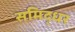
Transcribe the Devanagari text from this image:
समिद्धर